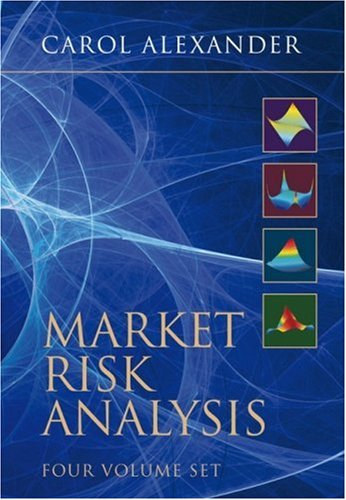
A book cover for Market Risk Analysis; Carol Alexander; Business & Money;